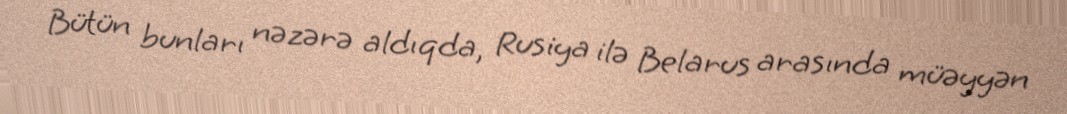
Bütün bunları nəzərə aldıqda, Rusiya ilə Belarus arasında müəyyən